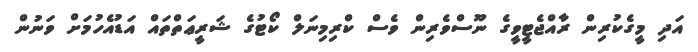
އަދި މީގެކުރިން ރާއްޖެޓީވީގެ ނޫސްވެރިން ވެސް ކްރިމިނަލް ކޯޓުގެ ޝަރީޢަތްތައް އަޑުއެހުމަށް ވަނުން